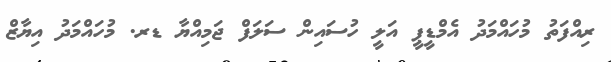
ރިއްފަތު މުހައްމަދު އެމްޑީޕީ އަލީ ހުސައިން ސަލަފް ޖަމިއްޔާ ޑރ. މުހައްމަދު އިޔާޒް